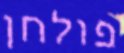
פולחן